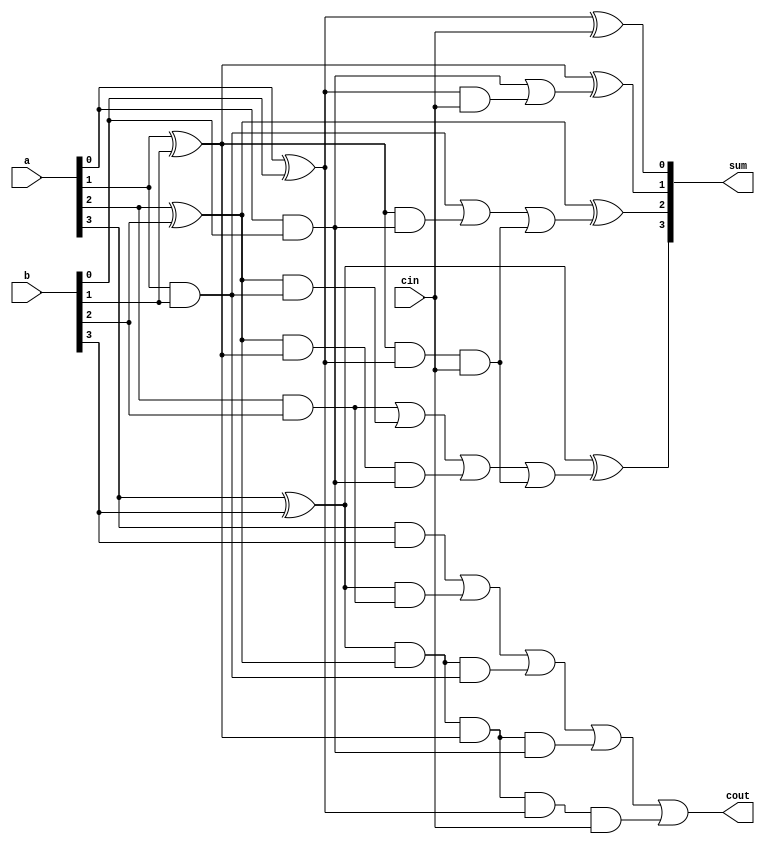
`timescale 1ns / 1ps
//////////////////////////////////////////////////////////////////////////////////
// Company: 
// Engineer: 
// 
// Design Name: 
// Module Name: 
// Project Name: 
// Target Devices: 
// Tool Versions: 
// Description: 
// 
// Dependencies: 
// 
// Revision:
// Revision 0.01 - File Created
// Additional Comments:
// 
//////////////////////////////////////////////////////////////////////////////////
module CLA_Adder(a,b,cin,sum,cout);
input[3:0] a,b;
input cin;
output [3:0] sum;
output cout;
wire p0,p1,p2,p3,g0,g1,g2,g3,c1,c2,c3,c4;
assign p0=(a[0]^b[0]),
p1=(a[1]^b[1]),
p2=(a[2]^b[2]),
p3=(a[3]^b[3]);
assign g0=(a[0]&b[0]),
g1=(a[1]&b[1]),
g2=(a[2]&b[2]),
g3=(a[3]&b[3]);
assign c0=cin,
c1=g0|(p0&cin),
c2=g1|(p1&g0)|(p1&p0&cin),
c3=g2|(p2&g1)|(p2&p1&g0)|(p1&p1&p0&cin),
c4=g3|(p3&g2)|(p3&p2&g1)|(p3&p2&p1&g0)|(p3&p2&p1&p0&cin);
assign sum[0]=p0^c0,
sum[1]=p1^c1,
sum[2]=p2^c2,
sum[3]=p3^c3;
assign cout=c4;
endmodule